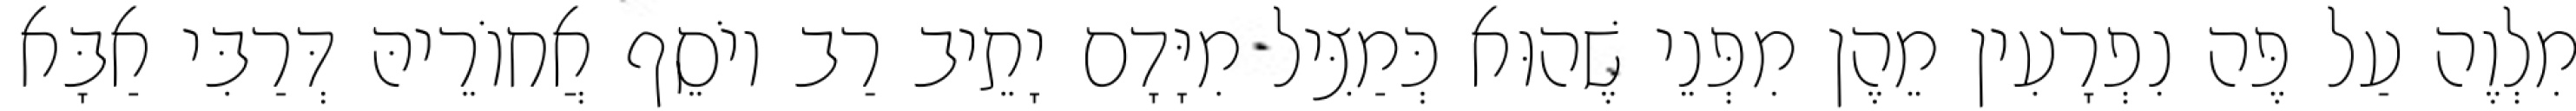
מִלְוֶה עַל פֶּה נִפְרָעִין מֵהֶן מִפְּנֵי שֶׁהוּא כְּמַצִּיל מִיָּדָם יָתֵיב רַב יוֹסֵף אֲחוֹרֵיהּ דְּרַבִּי אַבָּא